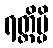
ရတ္တိမ္ပိ